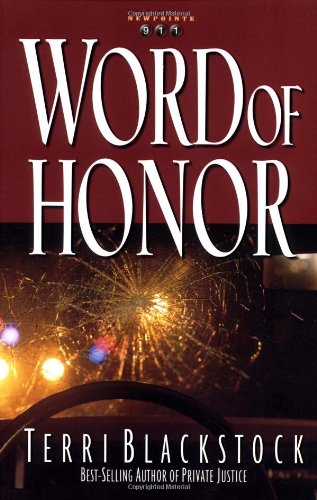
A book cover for Word of Honor (Newpointe 911 Series #3); Terri Blackstock; Christian Books & Bibles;